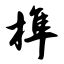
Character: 榫